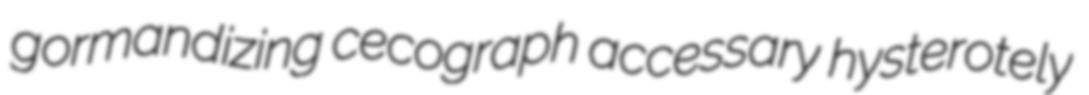
gormandizing cecograph accessary hysterotely